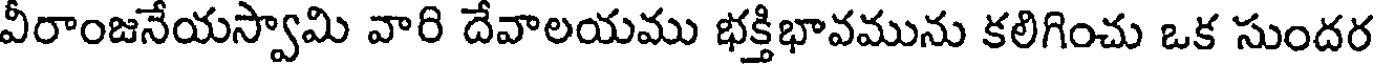
వీరాంజనేయస్వామి వారి దేవాలయము భక్తిభావమును కలిగించు ఒక సుందర